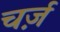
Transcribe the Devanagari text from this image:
चर्ज़